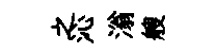
之沁滃艘